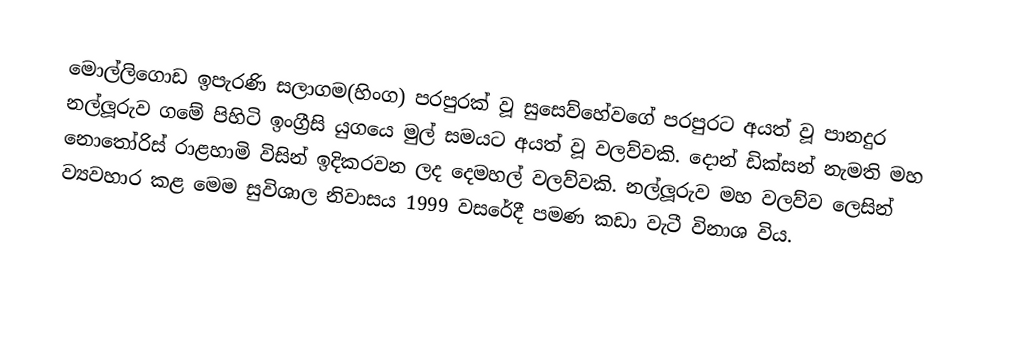
මොල්ලිගොඩ  ඉපැරණි සලාගම(හිංග)  පරපුරක් වූ සුසෙව්හේවගේ පරපුරට අයත් වූ පානදුර නල්ලූරුව ගමේ පිහිටි ඉංග්‍රීසි යුගයෙ මුල් සමයට අයත් වූ වලව්වකි. දොන් ඩික්සන් නැමති මහ නොතෝරිස් රාළහාමි විසින් ඉදිකරවන ලද දෙමහල් වලව්වකි. නල්ලූරුව මහ වලව්ව ලෙසින් ව්‍යවහාර කළ මෙම සුවිශාල නිවාසය 1999 වසරේදී පමණ කඩා වැටී විනාශ විය.